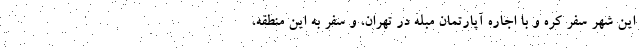
این شهر سفر کره و با اجاره آپارتمان مبله در تهران، و سفر به این منطقه،